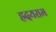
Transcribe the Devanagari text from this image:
ह्रदयराम